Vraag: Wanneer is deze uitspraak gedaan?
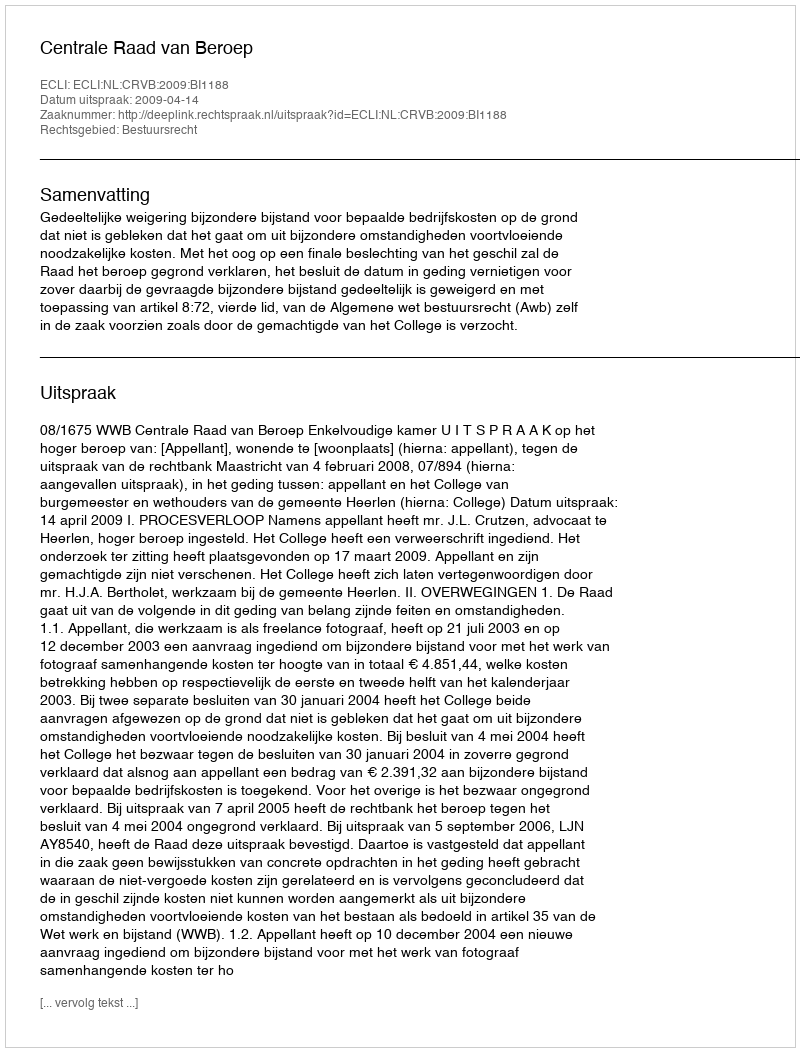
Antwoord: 2009-04-14